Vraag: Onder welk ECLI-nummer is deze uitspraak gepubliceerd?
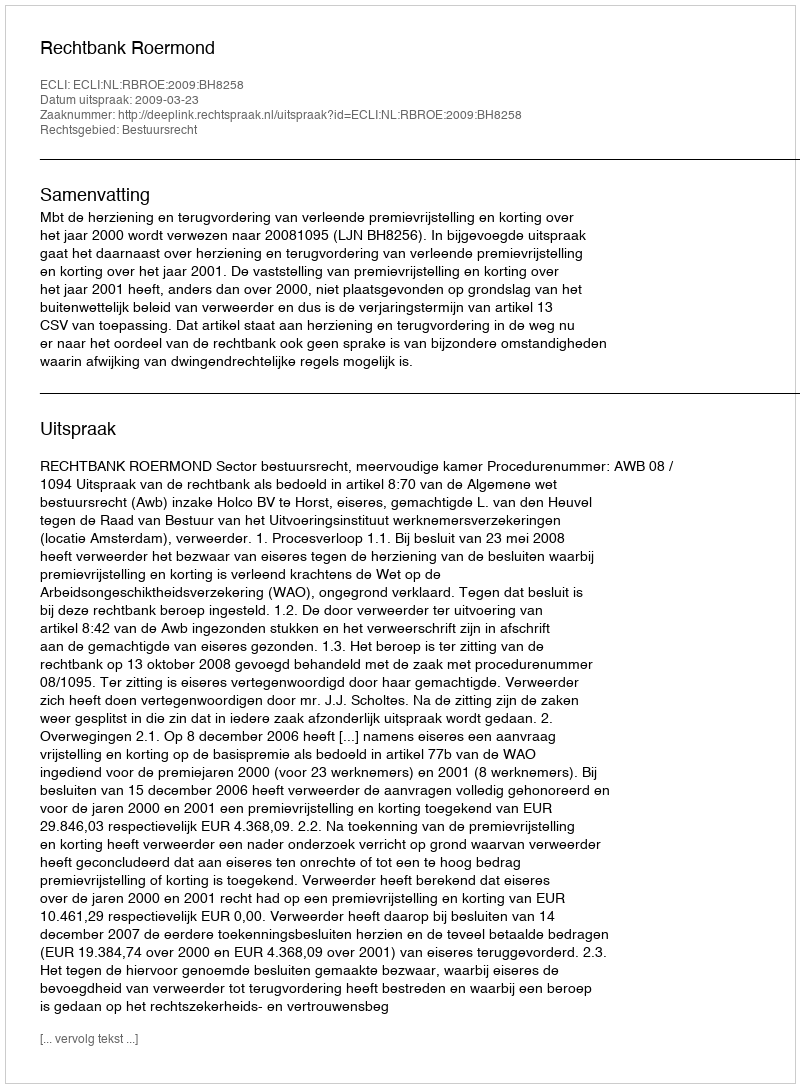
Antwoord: ECLI:NL:RBROE:2009:BH8258